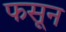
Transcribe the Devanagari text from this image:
फसून